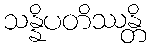
သန္နိပတိဿန္တိ